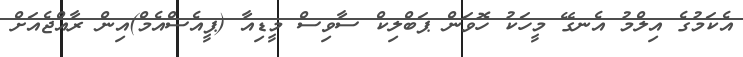
އެކަމުގެ އިލްމު އެނގޭ މީހަކު ހޮވަން ޕަބްލިކް ސާވިސް މީޑިއާ (ޕީއެސްއެމް)އިން ރާއްޖެއަށް